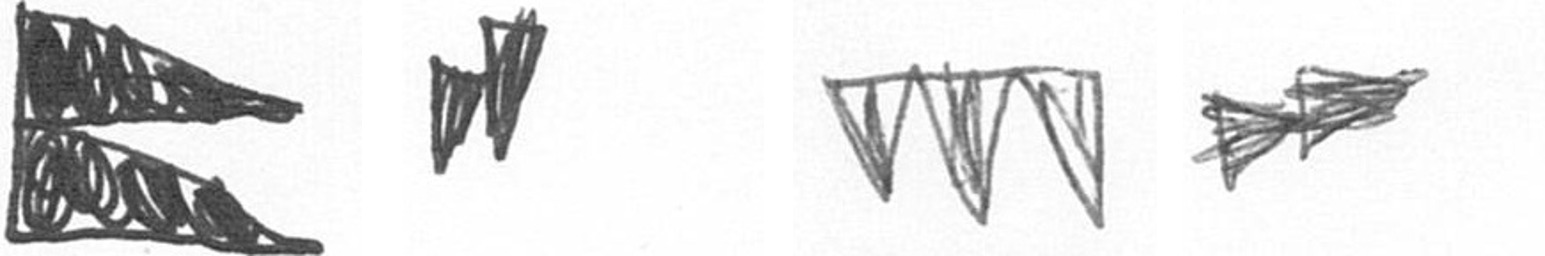
P M L A